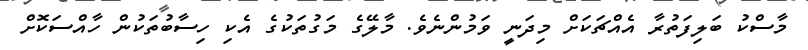
މާސްކު ބަލިފަތުރާ އެއްޗަކަށް މިދަނީ ވަމުންނެވެ. މާލޭގެ މަގުތަކުގެ އެކި ހިސާބުތަކުން ހާއްސަކޮށް